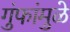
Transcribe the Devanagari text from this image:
गुंफांमुळे